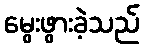
မွေးဖွားခဲ့သည်